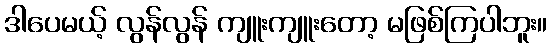
ဒါပေမယ့် လွန်လွန် ကျူးကျူးတော့ မဖြစ်ကြပါဘူး။